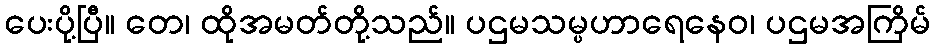
ပေးပို့ပြီ။ တေ၊ ထိုအမတ်တို့သည်။ ပဌမသမ္ပဟာရေနေဝ၊ ပဌမအကြိမ်